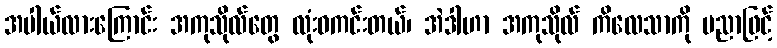
အပါယ်လားကြောင်း အကုသိုလ်တွေ လုံးဝကင်းတယ်၊ အဲဒါဟာ အကုသိုလ် ကိလေသာကို ပညာဖြင့်